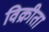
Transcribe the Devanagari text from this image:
विक्रीता